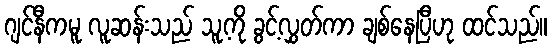
ဂျင်နီကမူ လူဆန်းသည် သူ့ကို ခွင့်လွှတ်ကာ ချစ်နေပြီဟု ထင်သည်။